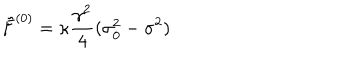
\tilde { F } ^ { ( 0 ) } = \kappa \frac { \gamma ^ { 2 } } { 4 } ( \sigma _ { 0 } ^ { 2 } - \sigma ^ { 2 } )